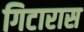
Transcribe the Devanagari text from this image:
गिटारास